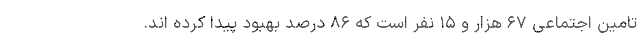
تامین اجتماعی ۶۷ هزار و ۱۵ نفر است که ۸۶ درصد بهبود پیدا کرده اند.